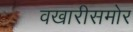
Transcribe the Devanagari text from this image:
वखारीसमोर